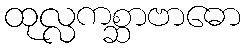
ထုလ္လကစ္ဆာဗာဓော